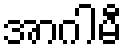
အာဂါမီ